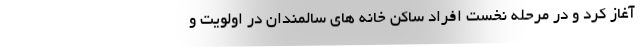
آغاز کرد و در مرحله نخست افراد ساکن خانه های سالمندان در اولویت و